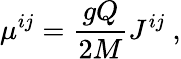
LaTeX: \mu^{ij}={\frac{gQ}{2M}}J^{ij}\ ,